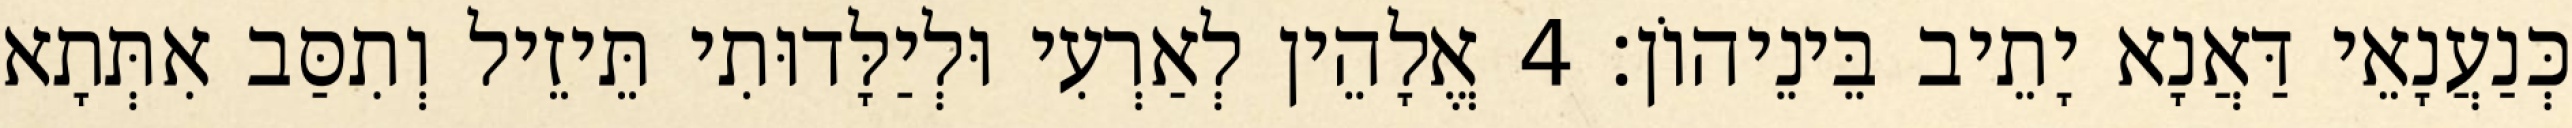
כְּנַעֲנָאֵי דַּאֲנָא יָתֵיב בֵּינֵיהוֹן׃ 4 אֱלָהֵין לְאַרְעִי וּלְיַלָּדוּתִי תֵּיזֵיל וְתִסַּב אִתְּתָא